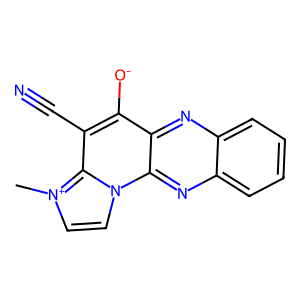
SMILES: C[n+]1ccn2c3nc4ccccc4nc3c([O-])c(C#N)c21
Inhibits HIV replication: No